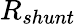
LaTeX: R_{shunt}